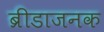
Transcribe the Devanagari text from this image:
ब्रीडाजनक